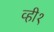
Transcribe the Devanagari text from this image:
व्ही१